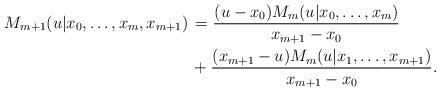
LaTeX: \begin{align*}M_{m+1}(u| x_0,\ldots,x_m,x_{m+1}) \, & = \frac{(u-x_0)M_m(u | x_0,\ldots,x_m)}{x_{m+1}-x_0}\\&+ \frac{(x_{m+1}-u)M_m(u | x_1,\ldots,x_{m+1})}{x_{m+1}-x_0}.\end{align*}